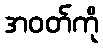
အဝတ်ကို